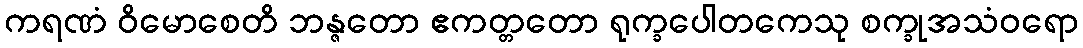
ကရဏံ ဝိမောစေတိ ဘန္ဇတော ဧကတ္တတော ရုက္ခပေါတကေသု စက္ခုအသံဝရော